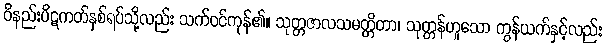
ဝိနည်းပိဋကတ်နှစ်ရပ်သို့လည်း သက်ဝင်ကုန်၏။ သုတ္တဇာလသမတ္တိတာ၊ သုတ္တန်ဟူသော ကွန်ယက်နှင့်လည်း